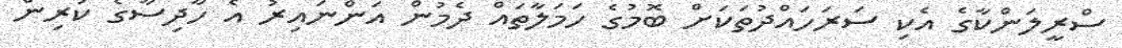
ސްރީލަންކާގެ އެކި ސަރަހައްދުތަކަށް ބޮމުގެ ހަމަލާތައް ދެމުން އަންނައިރު އެ ހާދިސާގެ ކުރިން